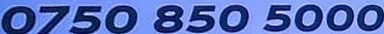
0750 850 5000